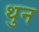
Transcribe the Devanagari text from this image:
थुन